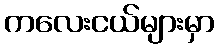
ကလေးငယ်များမှာ